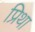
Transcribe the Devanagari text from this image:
प्रिथा